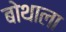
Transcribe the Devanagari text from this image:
बोथाला